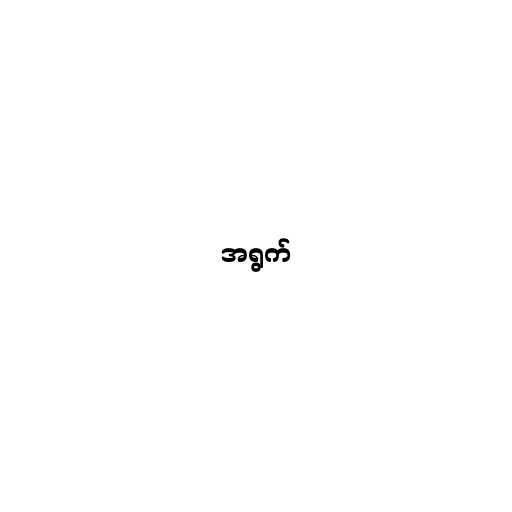
အရွက်